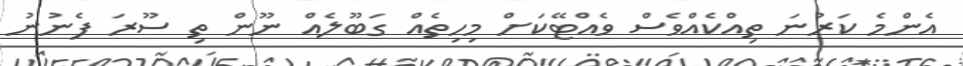
އެންމެ ކަރުނަ ތިއްކެއްވެސް ވެއްޓޭކަށް މިހިތެއް ގަބޫލެއް ނޫން ތި ސޫރަ ފެނުނު